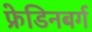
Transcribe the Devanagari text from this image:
फ्रेडिनबर्ग